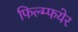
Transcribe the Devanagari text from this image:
फिल्म्फयेर